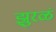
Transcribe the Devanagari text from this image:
झुरळं